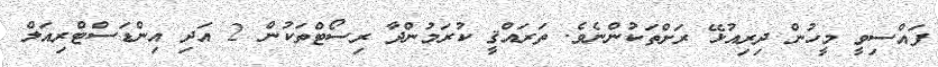
ފައްސިވީ މީހުން ދިރިއުޅޭ ރަށްތަކުންނެވެ. ތަރައްޤީ ކުރަމުންދާ ރިސޯޓްތަކުން 2 އަދި އިންޑަސްޓްރިއަލް